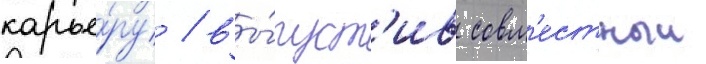
карье́ру / вы́пуст'ив совм'естныи